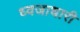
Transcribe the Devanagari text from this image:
ध्वजाधारी